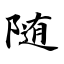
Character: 随